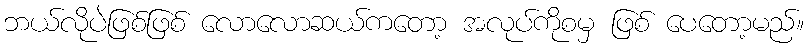
ဘယ်လိုပဲဖြစ်ဖြစ် လောလောဆယ်ကတော့ အလုပ်ကိုစမှ ဖြစ် ပေတော့မည်။